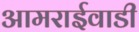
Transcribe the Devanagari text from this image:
आमराईवाडी